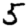
Digit: 5